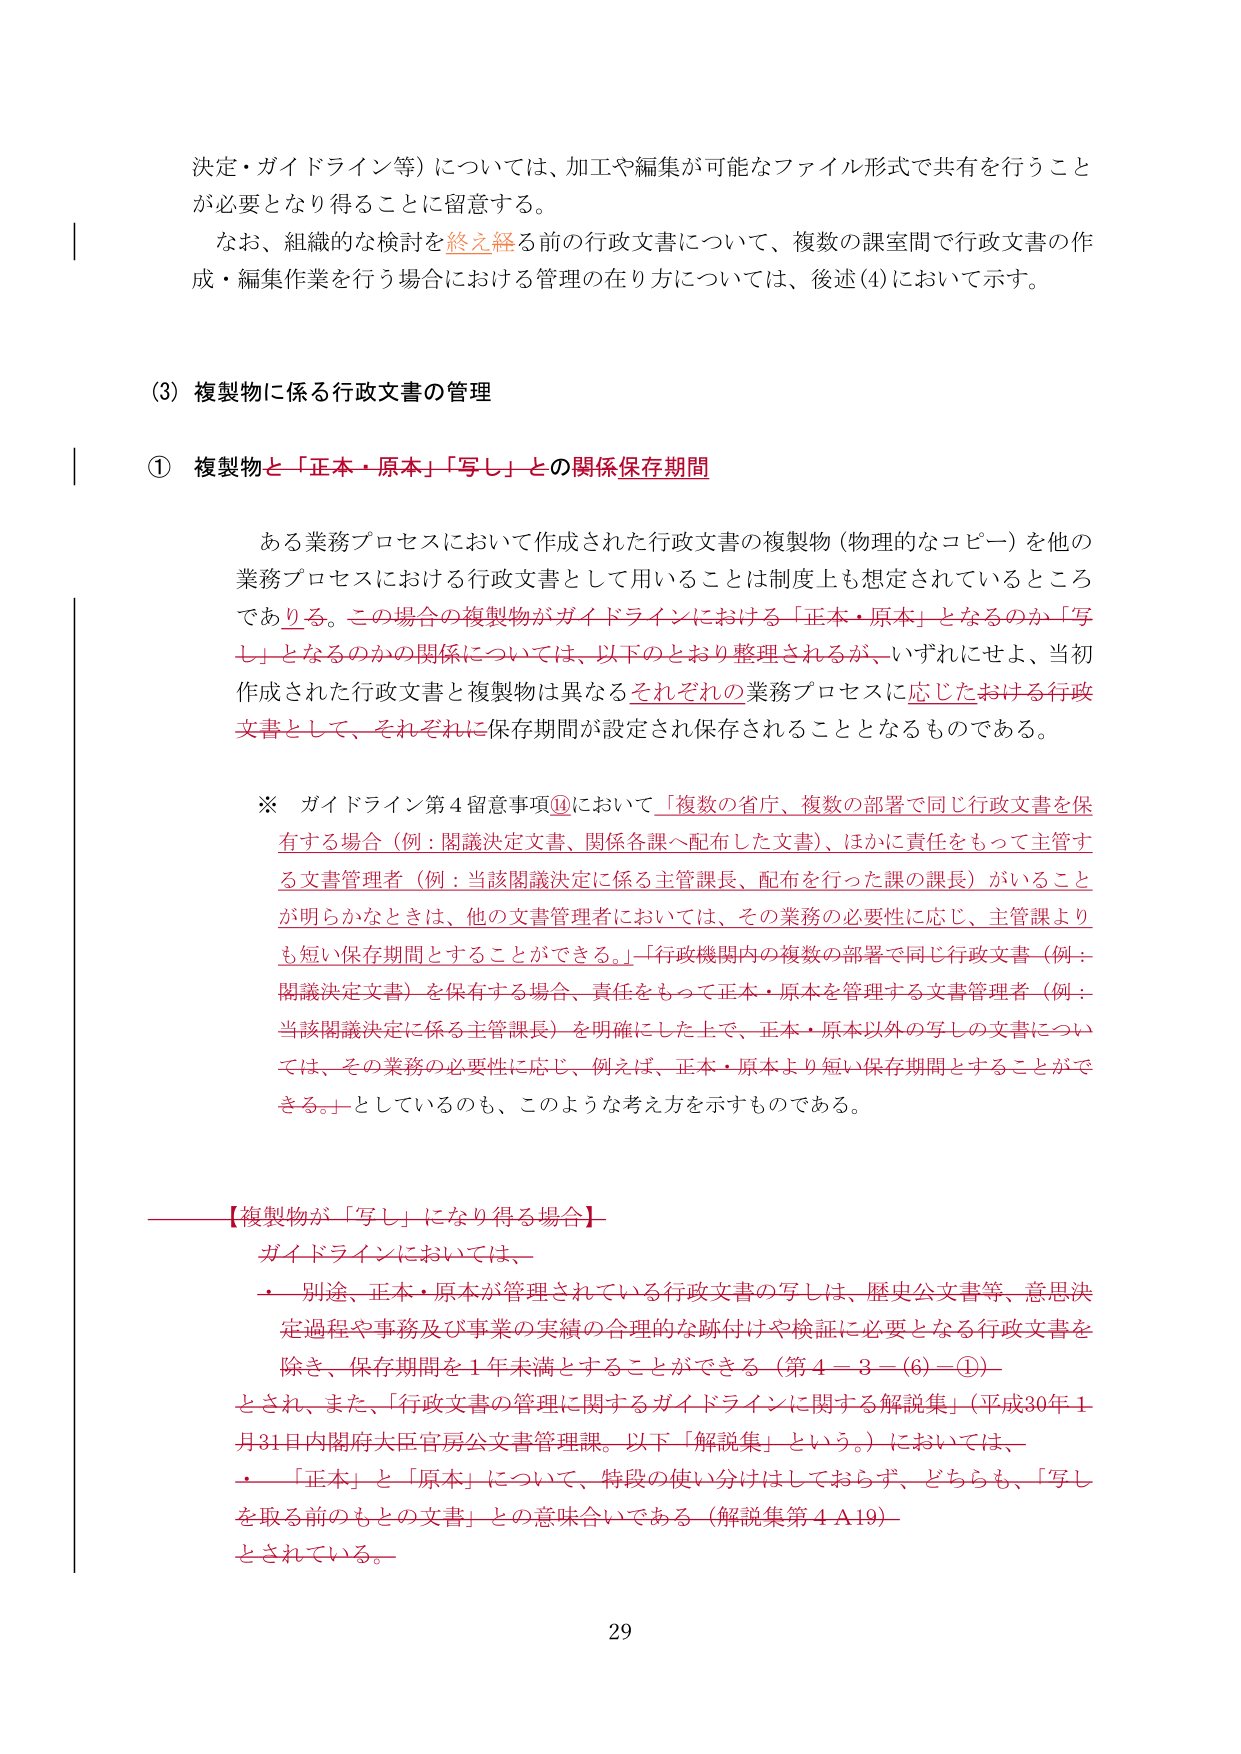
決定・ガイドライン等）については、加工や編集が可能なファイル形式で共有を行うことが必要となり得ることに留意する。

なお、組織的な検討を終え経る前の行政文書について、複数の課室間で行政文書の作成・編集作業を行う場合における管理の在り方については、後述（4）において示す。

（3）複製物に係る行政文書の管理

① 複製物と「正本・原本」「写し」との関係保存期間

ある業務プロセスにおいて作成された行政文書の複製物（物理的なコピー）を他の業務プロセスにおける行政文書として用いることは制度上も想定されているところでありうる。この場合の複製物がガイドラインにおける「正本・原本」となるのか「写し」となるのかの関係については、以下のとおり整理されるが、いずれにせよ、当初作成された行政文書と複製物は異なるそれぞれの業務プロセスに応じたおける行政文書として、それぞれに保存期間が設定され保存されることとなるものである。

※ ガイドライン第4留意事項⑭において「複数の省庁、複数の部署で同じ行政文書を保有する場合（例：関議決定文書、関係各課へ配布した文書）、ほかに責任をもって主管する文書管理者（例：当該関議決定に係る主管課長、配布を行った課の課長）がいることが明らかなときは、他の文書管理者においては、その業務の必要性に応じ、主管課よりも短い保存期間とすることができる。」「行政機関内の複数の部署で同じ行政文書（例：関議決定文書）を保有する場合、責任をもって正本・原本を管理する文書管理者（例：当該関議決定に係る主管課長）を明確にした上で、正本・原本以外の写しの文書については、その業務の必要性に応じ、例えば、正本・原本より短い保存期間とすることができる。」としているのも、このような考え方を示すものである。

【複製物が「写し」になり得る場合】

ガイドラインにおいては、

・別途、正本・原本が管理されている行政文書の写しは、歴史公文書等、意思決定過程や事務及び事業の実績の合理的な跡付けや検証に必要となる行政文書を除き、保存期間を1年未満とすることができる（第4－3－(6)－①）

とされ、また、「行政文書の管理に関するガイドラインに関する解説集」（平成30年1月31日内閣府大臣官房公文書管理課。以下「解説集」という。）においては、

・「正本」と「原本」について、特段の使い分けはしておらず、どちらも、「写しを取る前のもとの文書」との意味合いである（解説集第4Ａ19）

とされている。

29